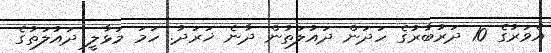
އެވަރުގެ 10 ދަރުބާރުގެ ހަދަން ދައުލަތުން ދާނެ ޚަރަދު. ހަމަ މަޅާލީ ދައުލަތުގެ